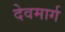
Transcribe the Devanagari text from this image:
देवमार्ग